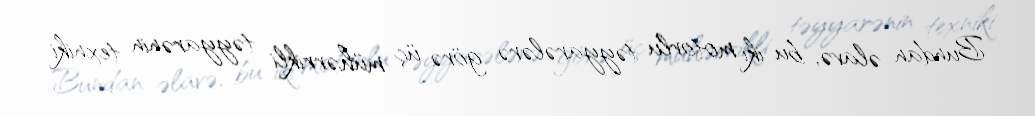
Bundan əlavə, bu iki motorlu təyyarələrə görə üç mühərrikli təyyarənin texniki